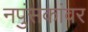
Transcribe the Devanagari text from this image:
नपुंसकांवर